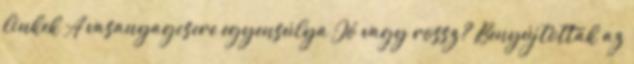
linkek A vasanyagcsere egyensúlya Jó vagy rossz? Benyújtották az